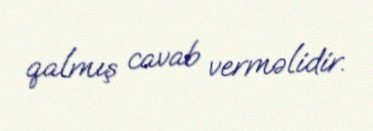
qalmış cavab verməlidir.